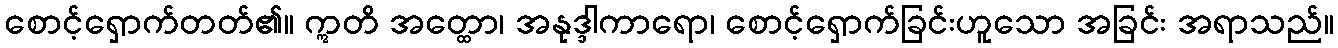
စောင့်ရှောက်တတ်၏။ ဣတိ အတ္ထော၊ အနုဒ္ဒါကာရော၊ စောင့်ရှောက်ခြင်းဟူသော အခြင်း အရာသည်။